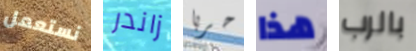
نستعمل زاندر حربا هذا بالرب